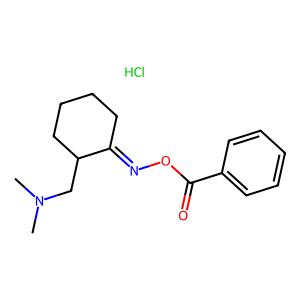
SMILES: CN(C)CC1CCCCC1=NOC(=O)c1ccccc1.Cl
Inhibits HIV replication: No